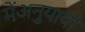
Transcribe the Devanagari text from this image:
मेंअनुयायी